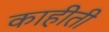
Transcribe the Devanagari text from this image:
काहीती